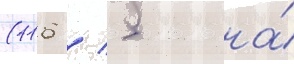
(116 / 5 на́